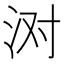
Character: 㳔